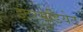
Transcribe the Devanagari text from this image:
इंटरमेडियेट